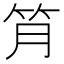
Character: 𥬅